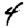
Digit: 4